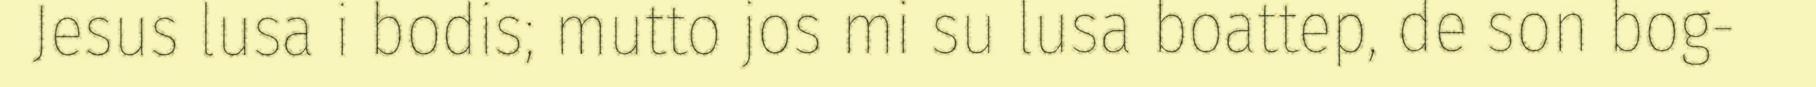
Jesus lusa i bodis; mutto jos mi su lusa boattep, de son bog-